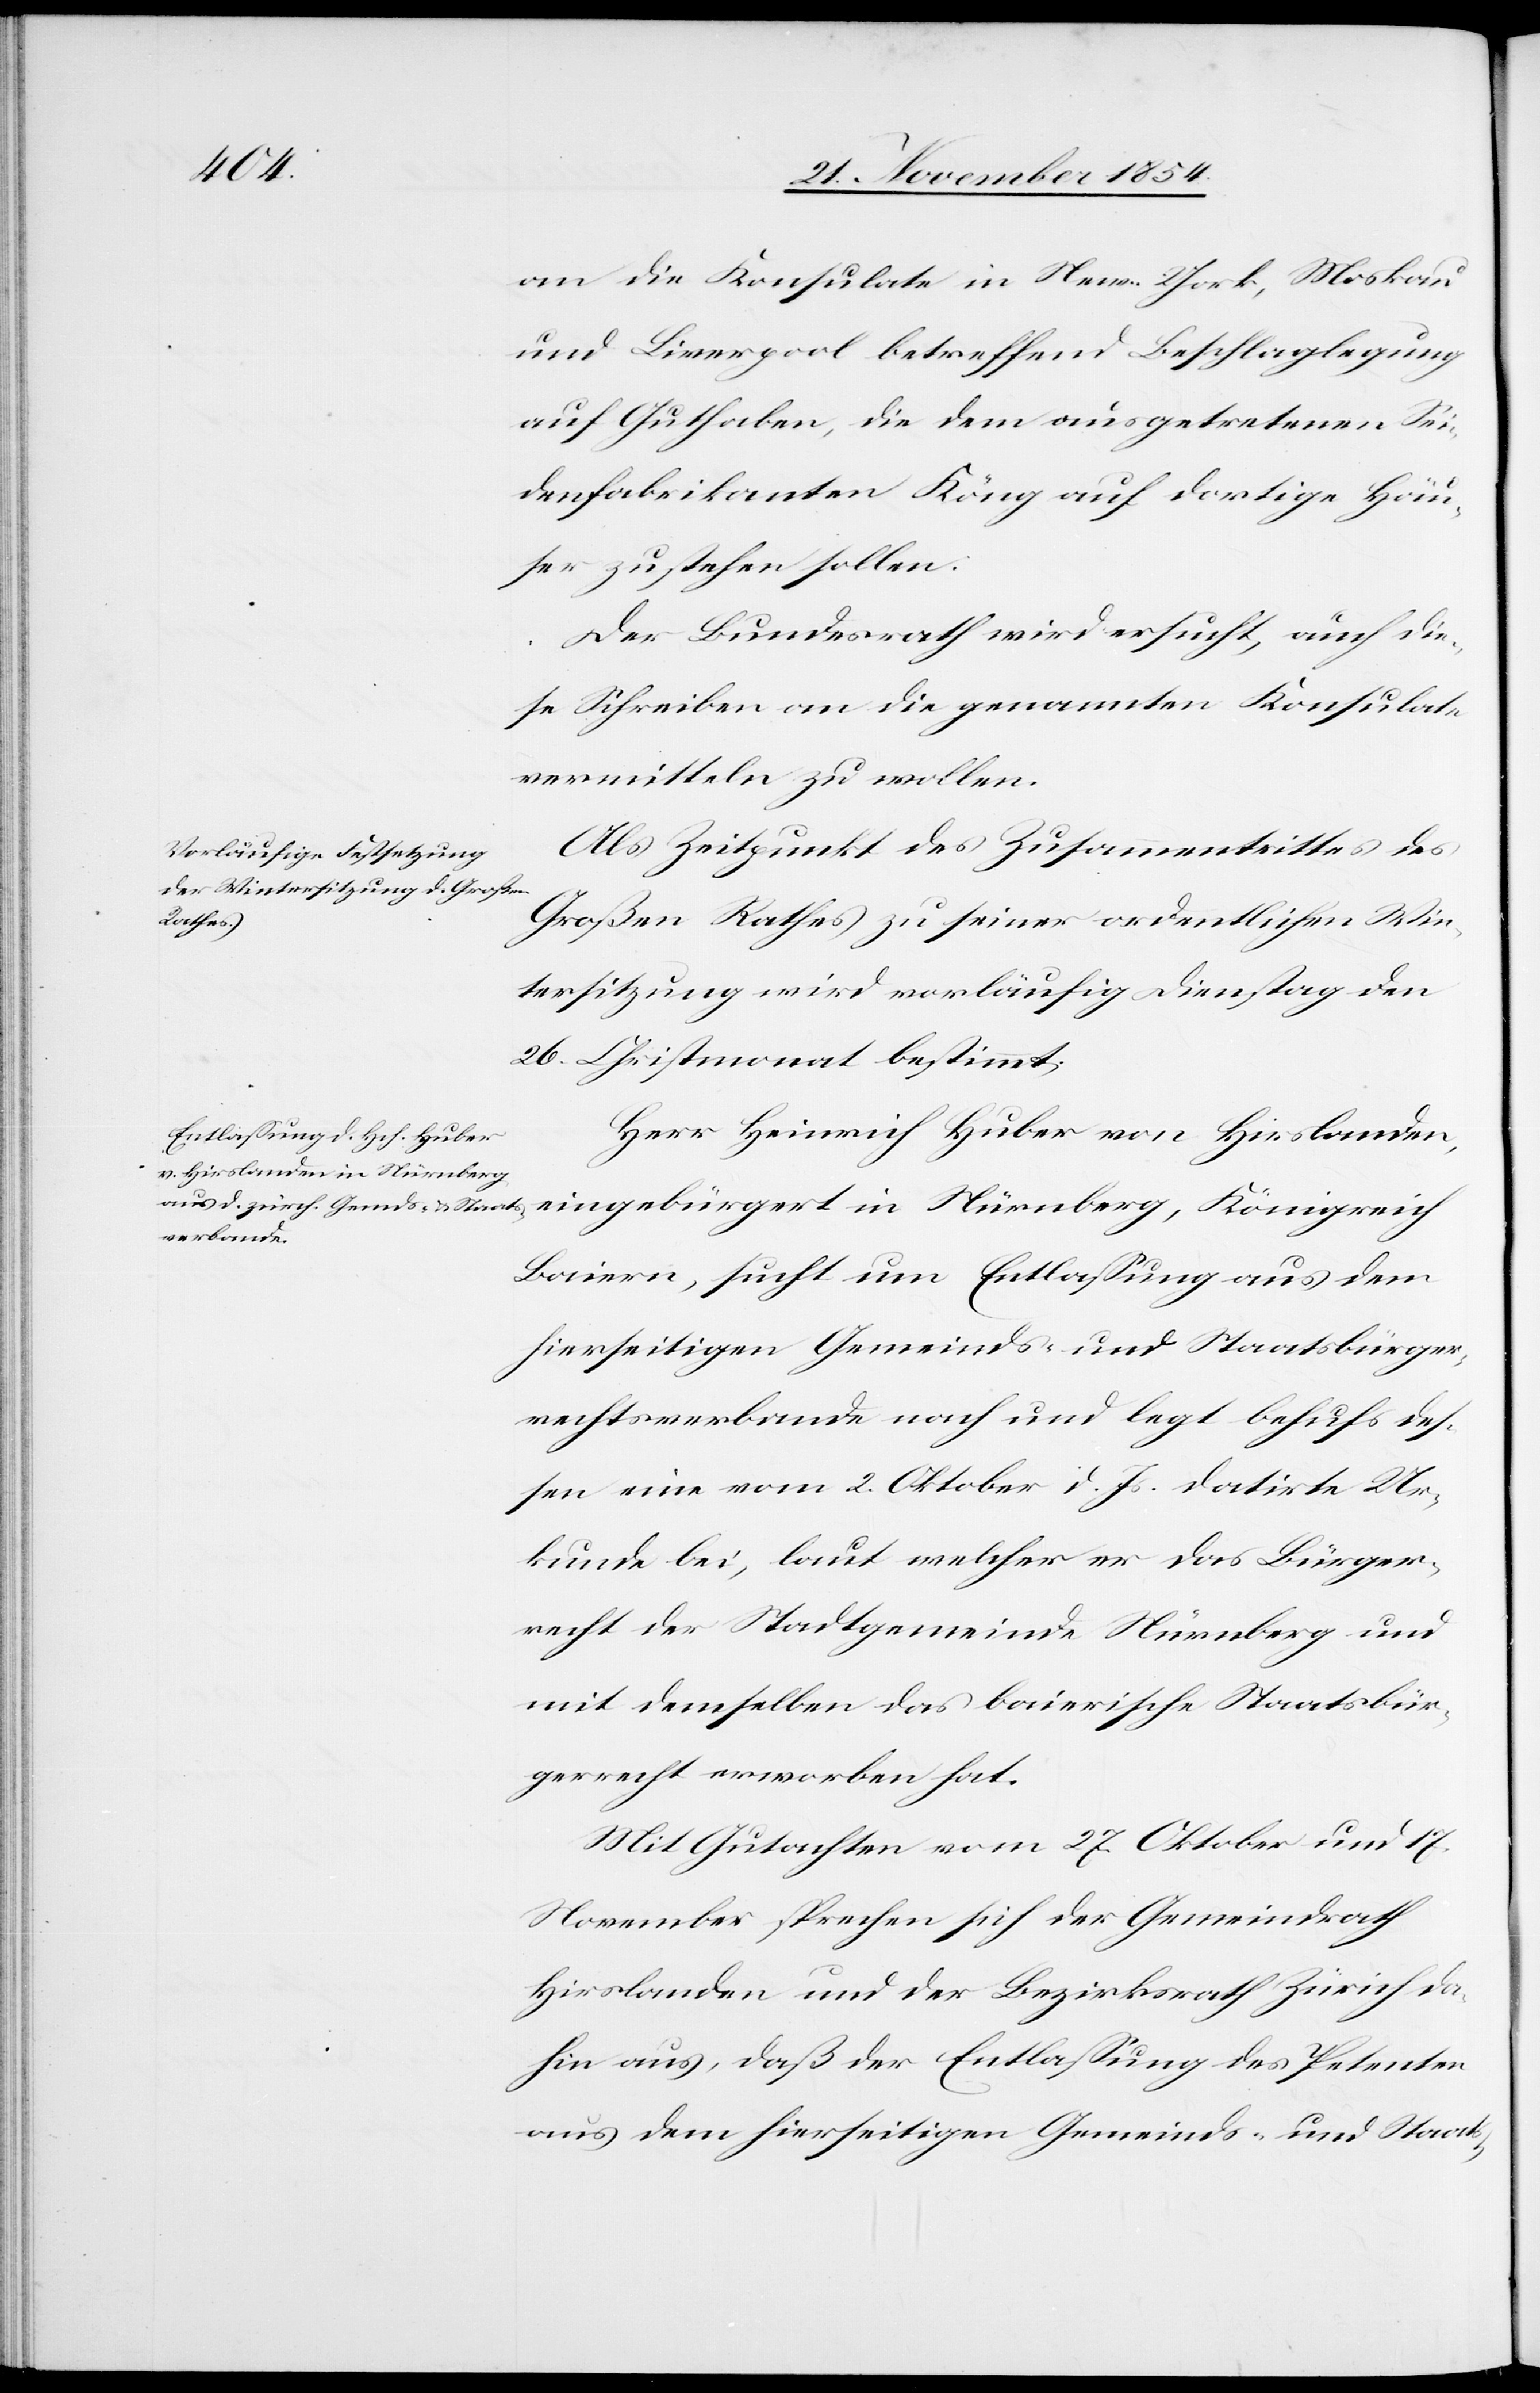
an die Konsulate in New-York, Moskau
und Liverpool betreffend Beschlaglegung
auf Guthaben, die dem ausgetretenen Sei¬
denfabrikanten Köng auf dortige Häu¬
ser zustehen sollen.
Der Bundesrath wird ersucht, auch die¬
ses Schreiben an die genannten Konsulate
vermitteln zu wollen.
Als Zeitpunkt des Zusammentrittes des
Großen Rathes zu seiner ordentlichen Win¬
tersitzung wird vorläufig Dienstag den
26. Christmonat bestimmt.
Herr Heinrich Huber von Hirslanden,
eingebürgert in Nürnberg, Königreich
Baiern, sucht um Entlaßung aus dem
hierseitigen Gemeinds- und Staatsbürger¬
rechtsverbande nach und legt behufs des¬
sen eine vom 2. Oktober d. Js. datirte Ur¬
kunde bei, laut welcher er das Bürger¬
recht der Stadtgemeinde Nürnberg und
mit demselben das baierische Staatsbür¬
gerrecht erworben hat.
Mit Gutachten vom 27. Oktober und 17.
November sprechen sich der Gemeindrath
Hirslanden und der Bezirksrath Zürich da¬
hin aus, daß der Entlaßung des Petenten
aus dem hierseitigen Gemeinds- und Staats-